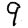
Digit: 9